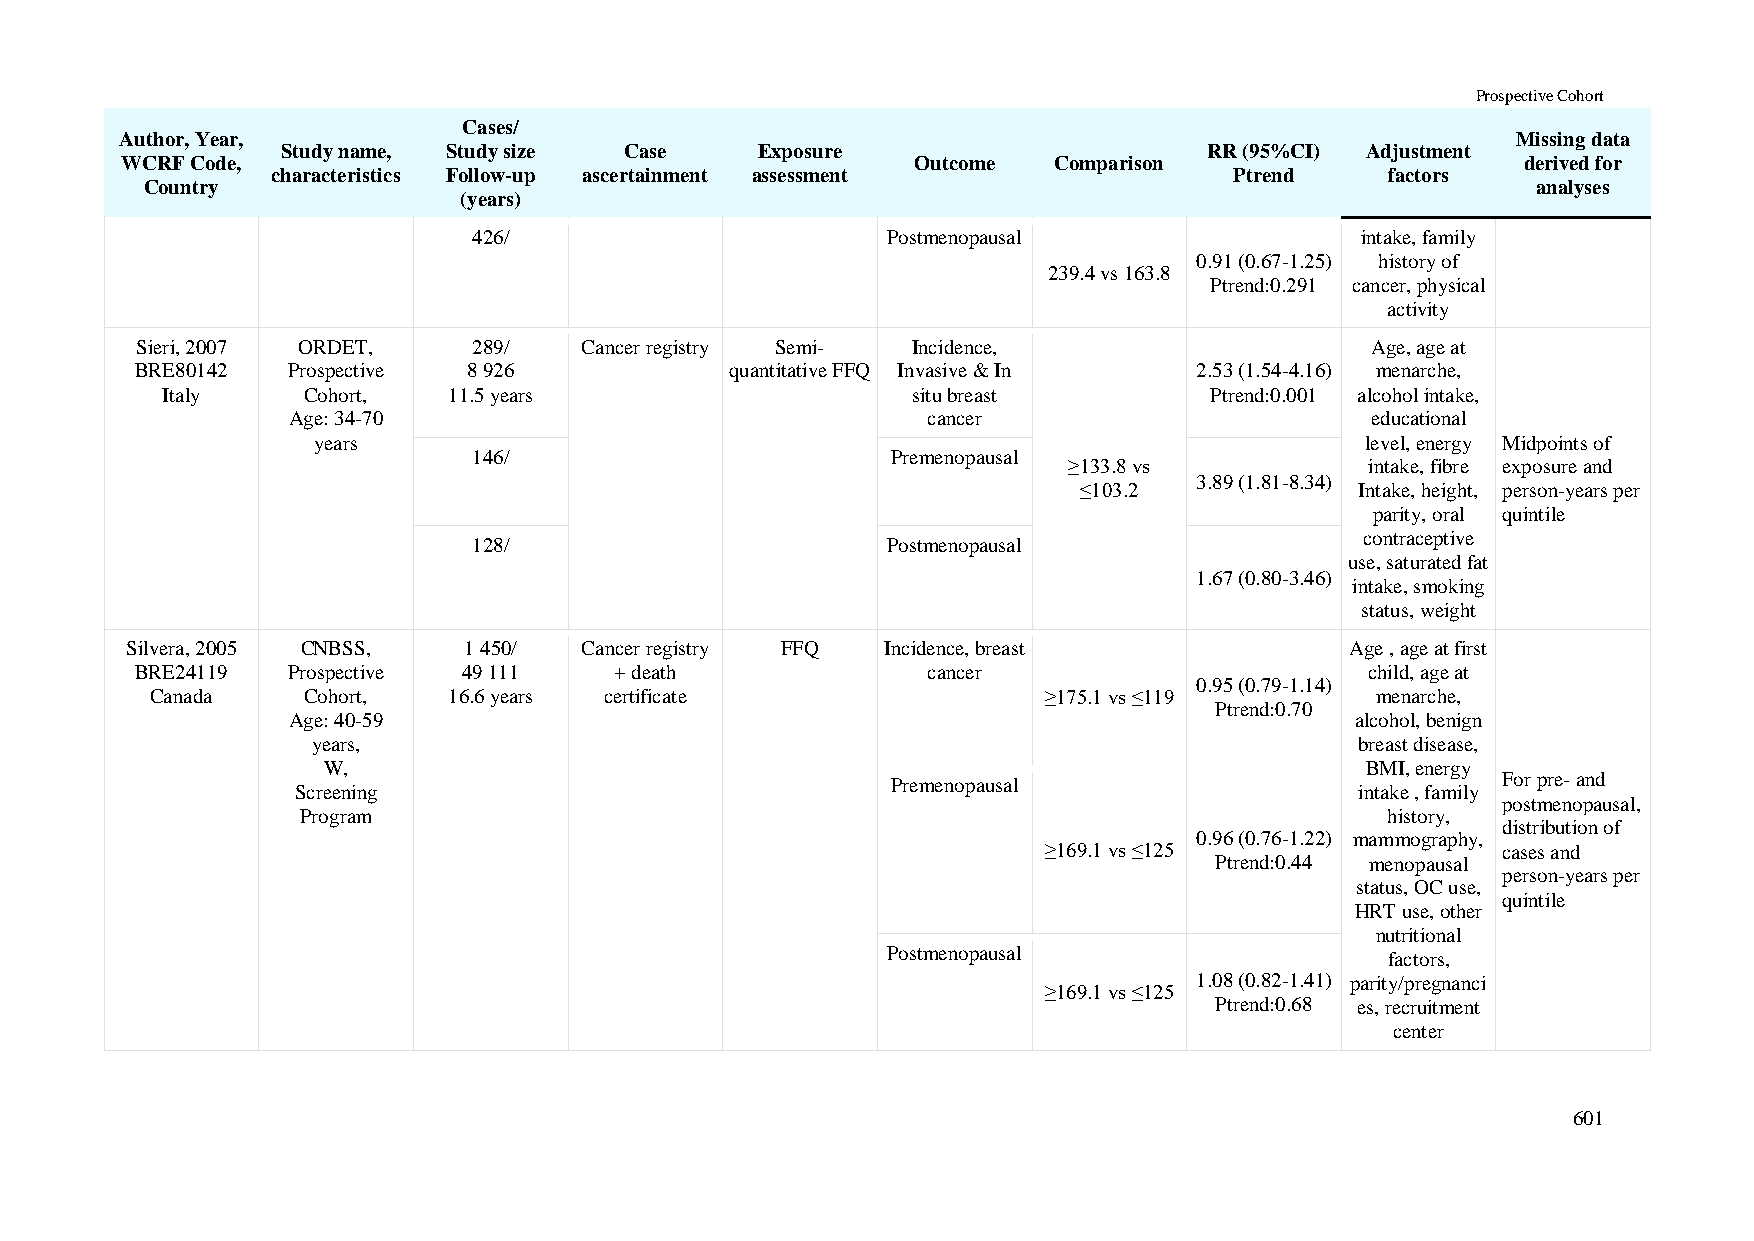
Prospective Cohort
 Cases/
 Author, Year,                                                                               Missing data
 Study name, Study size Case    Exposure                      RR (95%CI) Adjustment
 WCRF Code,                                           Outcome  Comparison                     derived for
 characteristics Follow-up ascertainment assessment              Ptrend    factors
 Country                                                                                     analyses
 (years)
 426/                        Postmenopausal                 intake, family
 0.91 (0.67-1.25) history of
 239.4 vs 163.8
 Ptrend:0.291 cancer, physical
 activity
 Sieri, 2007 ORDET,    289/   Cancer registry Semi- Incidence,                     Age, age at
 BRE80142  Prospective 8 926            quantitative FFQ Invasive & In 2.53 (1.54-4.16) menarche,
 Italy    Cohort,   11.5 years                    situ breast         Ptrend:0.001 alcohol intake,
 Age: 34-70                                cancer                        educational
 years                                                                level, energy Midpoints of
 146/                        Premenopausal
 ≥133.8 vs           intake, fibre exposure and
 3.89 (1.81-8.34)
 ≤103.2             Intake, height, person-years per
 parity, oral quintile
 contraceptive
 128/                        Postmenopausal
 use, saturated fat
 1.67 (0.80-3.46)
 intake, smoking
 status, weight
 Silvera, 2005 CNBSS,   1 450/ Cancer registry FFQ  Incidence, breast             Age , age at first
 BRE24119  Prospective 49 111    + death             cancer                        child, age at
 0.95 (0.79-1.14)
 Canada    Cohort,   16.6 years certificate                 ≥175.1 vs ≤119        menarche,
 Ptrend:0.70
 Age: 40-59                                                             alcohol, benign
 years,                                                               breast disease,
 W,                                                                   BMI, energy
 Premenopausal                           For pre- and
 Screening                                                             intake , family
 postmenopausal,
 Program                                                                 history,
 distribution of
 0.96 (0.76-1.22) mammography,
 ≥169.1 vs ≤125                cases and
 Ptrend:0.44 menopausal
 person-years per
 status, OC use,
 quintile
 HRT use, other
 nutritional
 Postmenopausal                   factors,
 1.08 (0.82-1.41) parity/pregnanci
 ≥169.1 vs ≤125
 Ptrend:0.68 es, recruitment
 center
 601